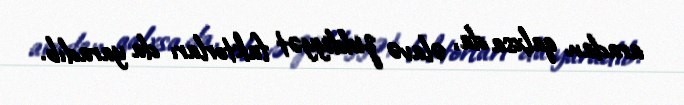
aradan qalxsa da, əlavə ziddiyyət faktorları da yaradıb.